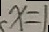
x = 1